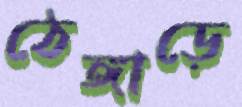
ঠেঙ্গাড়ে